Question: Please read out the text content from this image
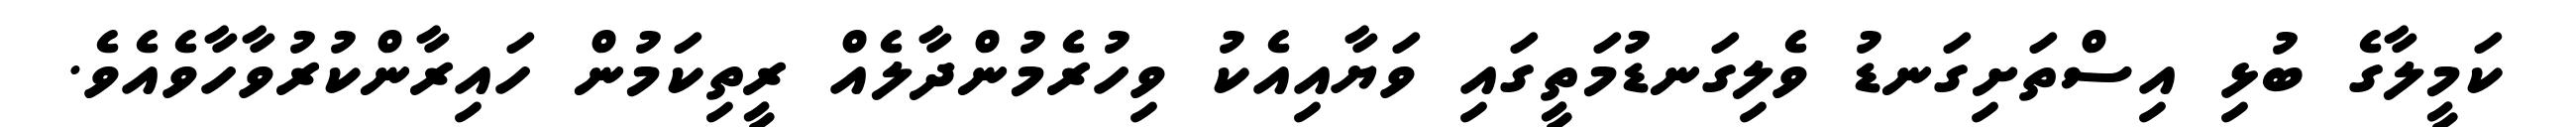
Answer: ކަމީލާގެ ބުޅި އިސްތަށިގަނޑު ވެލިގަނޑުމަތީގައި ވަޔާއިއެކު ވިހުރެމުންދާލެއް ރީތިކަމުން ހައިރާންކުރުވާހާވެއެވެ.